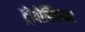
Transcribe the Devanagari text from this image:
ट्रोपोस्फियर